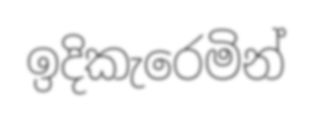
ඉදිකැරෙමින්